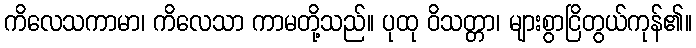
ကိလေသကာမာ၊ ကိလေသာ ကာမတို့သည်။ ပုထု ဝိသတ္တာ၊ များစွာငြိတွယ်ကုန်၏။